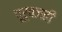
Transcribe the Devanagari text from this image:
पूर्वजही